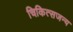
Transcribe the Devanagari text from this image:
चिकित्सजन्य